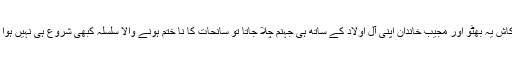
اے کاش یہ بھٹو اور مجیب خاندان اپنی آل اولاد کے ساتھ ہی جہنم چلا جاتا تو سانحات کا نا ختم ہونے والا سلسلہ کبھی شروع ہی نہیں ہوا ہوتا۔